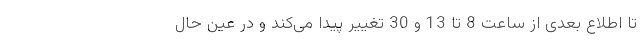
تا اطلاع بعدی از ساعت 8 تا 13 و 30 تغییر پیدا می‌کند و در عین حال